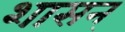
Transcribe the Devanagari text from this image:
शासन्